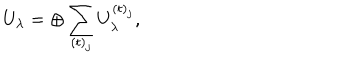
U _ { \lambda } = \oplus \sum _ { ( t ) _ { j } } U _ { \lambda } ^ { ( t ) _ { j } } ,